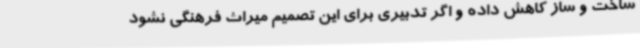
ساخت و ساز کاهش داده و اگر تدبیری برای این تصمیم میراث فرهنگی نشود